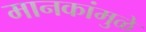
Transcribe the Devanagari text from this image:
मानकांमुळे